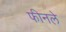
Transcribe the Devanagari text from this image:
फीनले